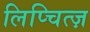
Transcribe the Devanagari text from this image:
लिप्चित्ज़